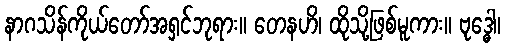
နာဂသိန်ကိုယ်တော်အရှင်ဘုရား။ တေနဟိ၊ ထိုသို့ဖြစ်မူကား။ ဗုဒ္ဓေါ၊